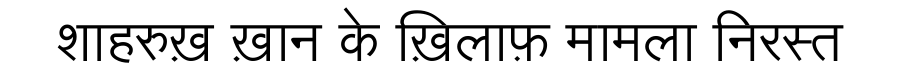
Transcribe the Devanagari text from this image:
शाहरुख़ ख़ान के ख़िलाफ़ मामला निरस्त